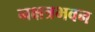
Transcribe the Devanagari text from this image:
नक्षत्रभवन